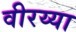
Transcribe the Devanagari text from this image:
वीरय्या